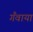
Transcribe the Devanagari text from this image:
गँवाया